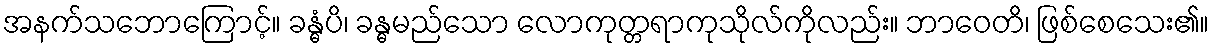
အနက်သဘောကြောင့်။ ခန္ဓံပိ၊ ခန္ဓမည်သော လောကုတ္တရာကုသိုလ်ကိုလည်း။ ဘာဝေတိ၊ ဖြစ်စေသေး၏။